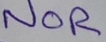
Text: NOR